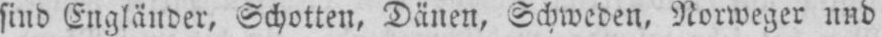
sind Engländer, Schotten, Dänen, Schweden, Norweger und